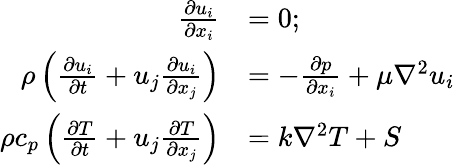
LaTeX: \begin{array}{rl}{\frac{\partial u_{i}}{\partial x_{i}}}&{=0;}\\ {\rho\left(\frac{\partial u_{i}}{\partial t}+u_{j}\frac{\partial u_{i}}{\partial x_{j}}\right)}&{=-\frac{\partial p}{\partial x_{i}}+\mu\nabla^{2}u_{i}}\\ {\rho c_{p}\left(\frac{\partial T}{\partial t}+u_{j}\frac{\partial T}{\partial x_{j}}\right)}&{=k\nabla^{2}T+S}\end{array}